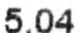
5.04